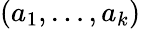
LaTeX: (a_{1},\ldots,a_{k})